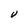
Character: V